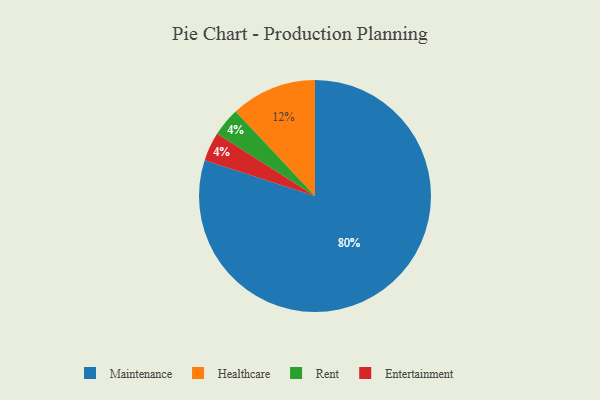
{"axis": {"x": "Category", "y": "Percentage"}, "legend": ["Entertainment", "Healthcare", "Maintenance", "Rent"], "data": [{"x": "Maintenance", "y": 80, "type": "Maintenance"}, {"x": "Rent", "y": 4, "type": "Rent"}, {"x": "Healthcare", "y": 12, "type": "Healthcare"}, {"x": "Entertainment", "y": 4, "type": "Entertainment"}]}